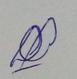
Signature authenticity: genuine